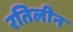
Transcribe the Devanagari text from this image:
रतिलीन